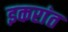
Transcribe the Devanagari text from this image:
इकरांत